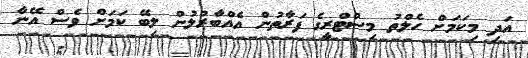
އަދި މިކަމަށް ހެލްތު މިސްޓްރީގެ ފަރާތުން އެއްބާރުލުން ލިބޭ ކަމަށް ވެސް އޭނާ